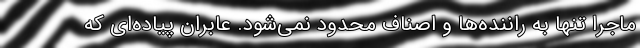
ماجرا تنها به راننده‌ها و اصناف محدود نمی‌شود. عابران پیاده‌ای که